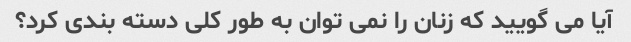
آیا می گویید که زنان را نمی توان به طور کلی دسته بندی کرد؟